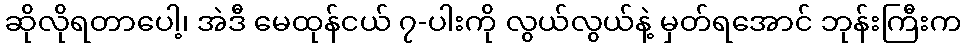
ဆိုလိုရတာပေါ့၊ အဲဒီ မေထုန်ငယ် ၇-ပါးကို လွယ်လွယ်နဲ့ မှတ်ရအောင် ဘုန်းကြီးက